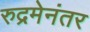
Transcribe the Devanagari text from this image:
रुद्रमेनंतर